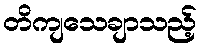
တိကျသေချာသည့်